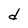
Character: d